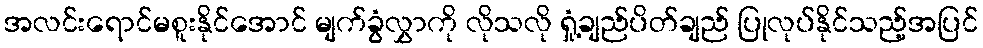
အလင်းရောင်မစူးနိုင်အောင် မျက်ခွံလွှာကို လိုသလို ရှုံ့ချည်ပိတ်ချည် ပြုလုပ်နိုင်သည့်အပြင်